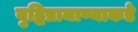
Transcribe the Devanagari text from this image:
बुद्धिप्रामाण्याकडे